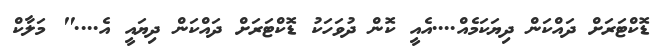
ޑޮކްޓަރަށް ދައްކަން ދިޔަކަމެއް....އެއީ ކޮން ދުވަހަކު ޑޮކްޓަރަށް ދައްކަން ދިޔައީ އެ...." މަލާކް